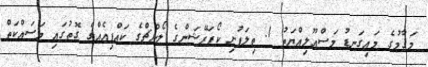
މަޤާމުގެ މައިގަނޑު މަސްއޫލިއްޔަތު 1. ތިލަފުށި ކޯޕަރޭޝަންގެ ލޯންޗްގެ ކައްޕިއެއްގެ ގޮތުގައި މަސައްކަތް